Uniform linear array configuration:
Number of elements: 48
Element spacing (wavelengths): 1
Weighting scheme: blackman
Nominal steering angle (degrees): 60
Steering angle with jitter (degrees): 59.6
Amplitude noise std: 0.05
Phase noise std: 0.05

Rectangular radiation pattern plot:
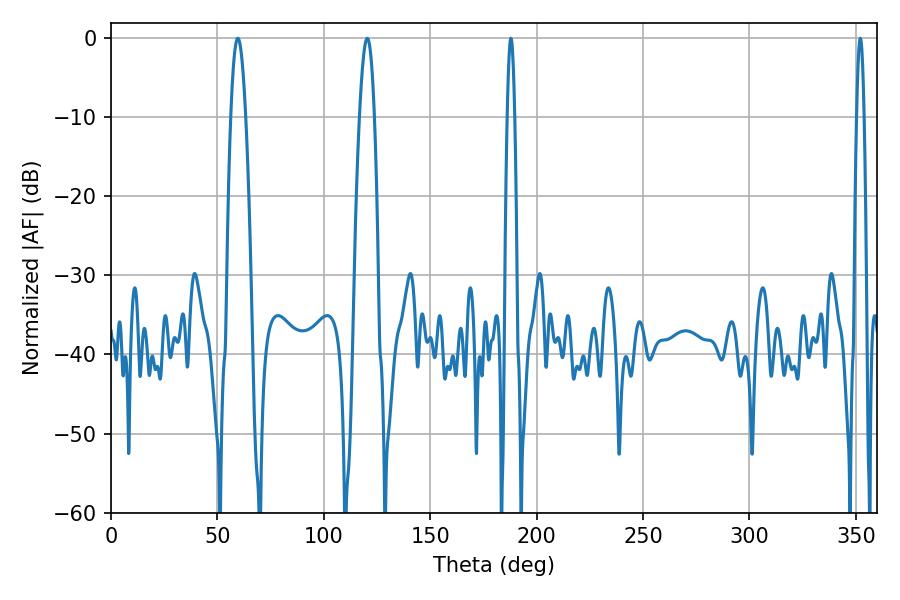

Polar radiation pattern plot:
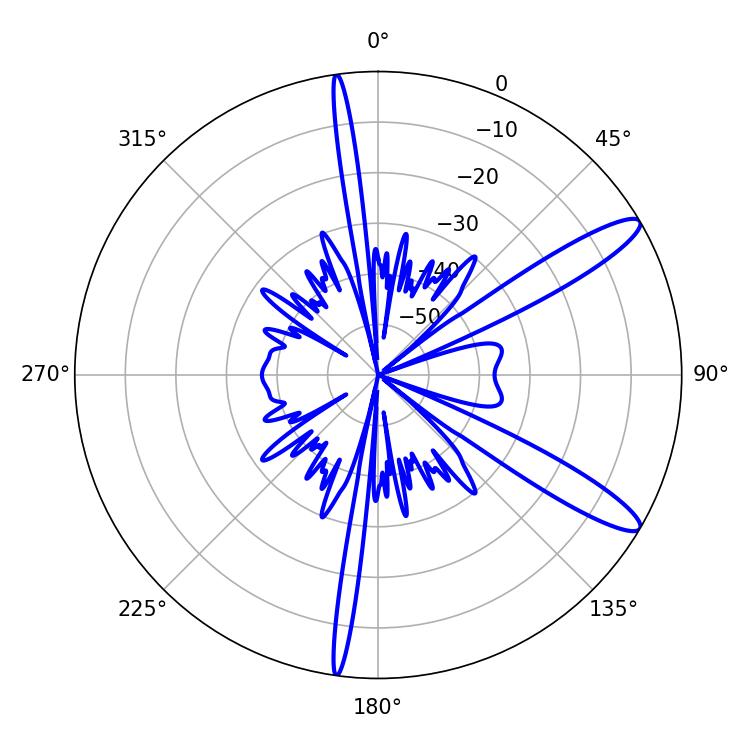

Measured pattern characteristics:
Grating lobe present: TRUE
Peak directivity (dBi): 12.382
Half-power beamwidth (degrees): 3.78
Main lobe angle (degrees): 59.58